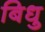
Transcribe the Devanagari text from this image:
बिधु